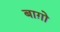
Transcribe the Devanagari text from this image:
बाग़ो